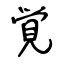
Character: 覚